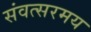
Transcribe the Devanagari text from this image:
संवत्सरमय